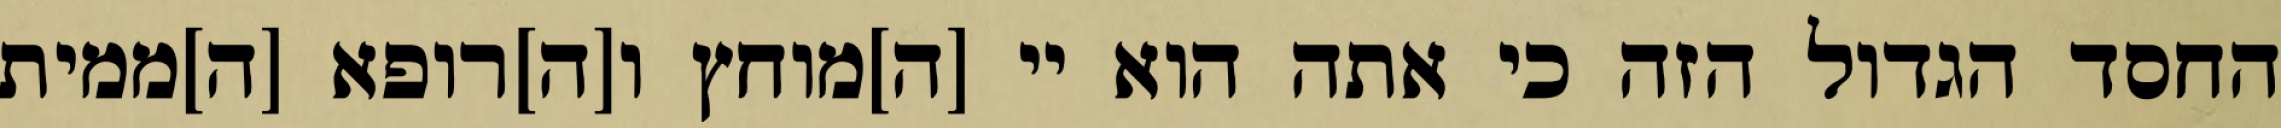
החסד הגדול הזה כי אתה הוא יי [ה]מוחץ ו[ה]רופא [ה]ממית